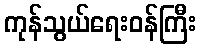
ကုန်သွယ်ရေးဝန်ကြီး